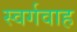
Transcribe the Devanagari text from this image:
स्वर्गवाह